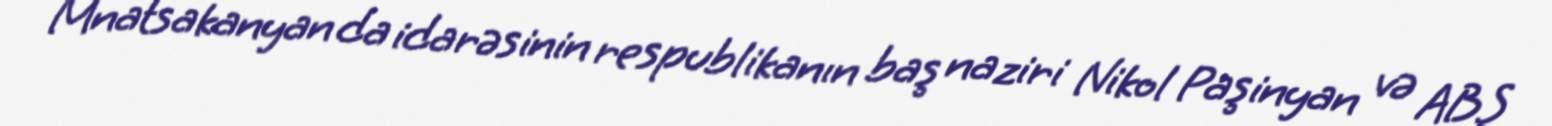
Mnatsakanyan da idarəsinin respublikanın baş naziri Nikol Paşinyan və ABŞ